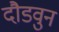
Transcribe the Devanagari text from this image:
दौडवुन